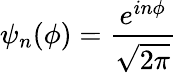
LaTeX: \psi_{n}(\phi)={\frac{e^{in\phi}}{\sqrt{2\pi}}}